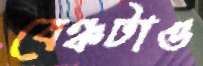
বেঞ্চটাও